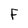
Character: F